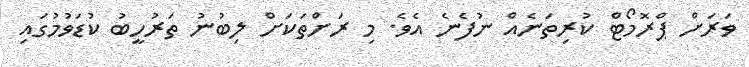
ވަރަށް ޕްރޮމޯޓް ކުރިތަނެއް ނުފެނެ އެވެ. މި ރަށްތަކަށް ލިބުނު ތަރުހީބު ކުޑަވުމުގައި